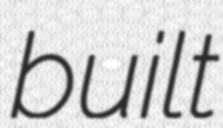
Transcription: built